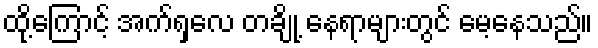
ထို့ကြောင့် အက်ရှလေ တချို့ နေရာများတွင် မေ့နေသည်။